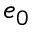
e _ { 0 }